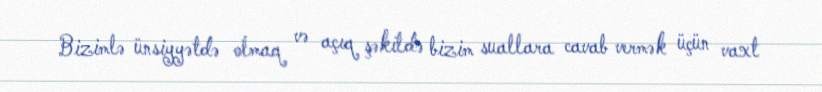
Bizimlə ünsiyyətdə olmaq və açıq şəkildə bizim suallara cavab vermək üçün vaxt